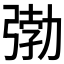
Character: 𭚺